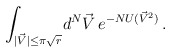
\begin{align*}\int_{|\vec V|\leq\pi\sqrt{r}}\! d^{N}\vec V\, e^{-NU({\vec V}^{2})}\, .\end{align*}